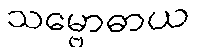
သမ္ဗောဓာယ